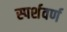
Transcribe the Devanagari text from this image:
स्पर्शवर्ण